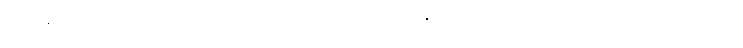
မြတ်စွာဘုရားသည်။ အတ္ထိ၊ ရှိတော်မူ၏။ ပ။ ဧကမန္တံ၊ သင့်တင့်လျောက်ပတ်သော အရပ်၌။